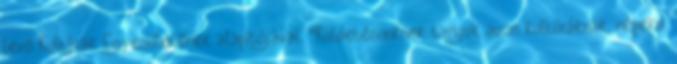
levő Kultúrák Egyesületének alapítójával. “Küldetésünknek tartjuk azon kultúráknak, népekn.